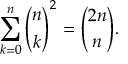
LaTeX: \sum _ { k = 0 } ^ { n } { \binom { n } { k } } ^ { 2 } = { \binom { 2 n } { n } } .